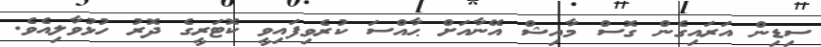
ސިޑިން އަރައިގެން ގޮސް މާއިޝް އޭނާއަށް ޙާއްސަ ކުރެވިފައިވީ ކޮޓަރީގެ ދޮރު ހުޅުވާލިއެވެ.